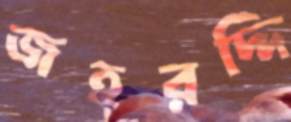
জহরদ্দি